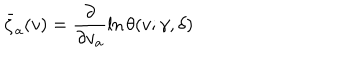
\bar { \zeta } _ { a } ( v ) = \frac { \partial } { \partial v _ { a } } \ln \theta ( v ; \gamma , \delta )